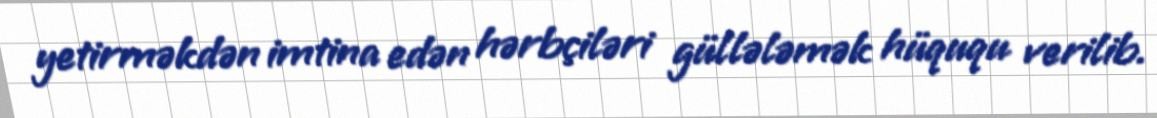
yetirməkdən imtina edən hərbçiləri güllələmək hüququ verilib.